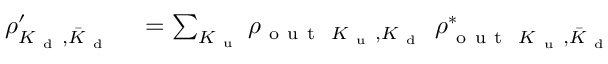
\begin{array} { r l } { \rho _ { K _ { \mathrm { ~ d ~ } } , \bar { K } _ { \mathrm { ~ d ~ } } } ^ { \prime } } & { { } = \sum _ { K _ { \mathrm { ~ u ~ } } } \rho _ { \mathrm { ~ o ~ u ~ t ~ } ~ K _ { \mathrm { ~ u ~ } } , K _ { \mathrm { ~ d ~ } } } ~ \rho _ { \mathrm { ~ o ~ u ~ t ~ } ~ K _ { \mathrm { ~ u ~ } } , \bar { K } _ { \mathrm { ~ d ~ } } } ^ { * } } \end{array}